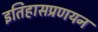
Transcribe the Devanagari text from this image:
इतिहासप्रणयन